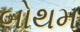
બોથમ